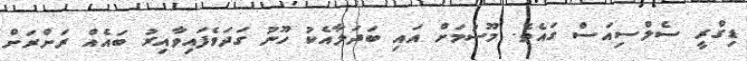
ޑިގްރީ ސެލްސިއަސް ގައެވެ. މޫސުމަށް އައި ބަދަލާއެކު ހޫނު ގަދަވެފައިވާއިރު ބައެއް ރަށްރަށް